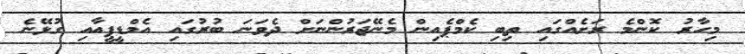
މިހާރު ކޮންމެ ރަށެއްގައި ތިބި ކެމްޕެއިން މެނޭޖަރުންނަށް ދެވަނަ ބުރުގައި އެމްޑީޕީއާއި ގުޅޭނެ